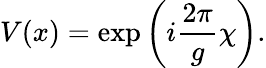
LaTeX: V(x)=\exp\left(i{\frac{2\pi}{g}}\chi\right).